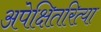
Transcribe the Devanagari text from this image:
अपेक्षितरित्या